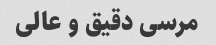
مرسی دقیق و عالی